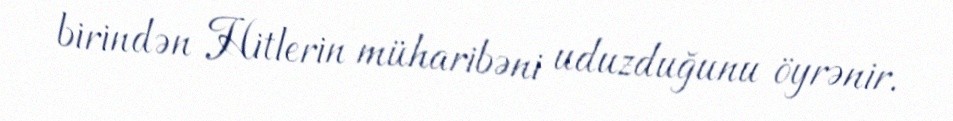
birindən Hitlerin müharibəni uduzduğunu öyrənir.